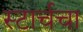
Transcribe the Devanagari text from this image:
स्टार्चचा